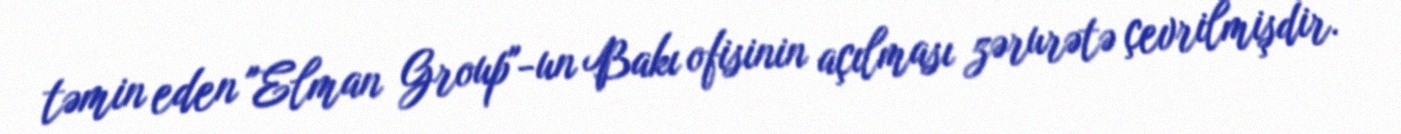
təmin eden "Elman Group"-un Bakı ofisinin açılması zərurətə çevrilmişdir.